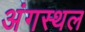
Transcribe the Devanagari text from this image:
अंगस्थल